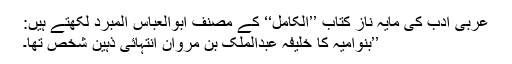
عربی ادب کی مایہ ناز کتاب ’’الکامل‘‘ کے مصنف ابوالعباس المبرّد لکھتے ہیں:
’’بنوامیہ کا خلیفہ عبدالملک بن مروان انتہائی ذہین شخص تھا۔